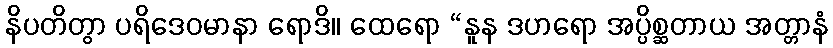
နိပတိတွာ ပရိဒေဝမာနာ ရောဒိ။ ထေရော “နူန ဒဟရော အပ္ပိစ္ဆတာယ အတ္တာနံ